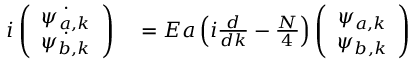
\begin{array} { r l } { i \left( \begin{array} { c } { \dot { \psi _ { a , k } } } \\ { \dot { \psi _ { b , k } } } \end{array} \right) } & { { } = E a \left( i \frac { d } { d k } - \frac { N } { 4 } \right) \left( \begin{array} { c } { \psi _ { a , k } } \\ { \psi _ { b , k } } \end{array} \right) } \end{array}